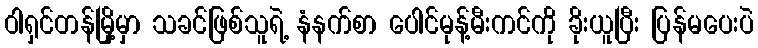
ဝါရှင်တန်မြို့မှာ သခင်ဖြစ်သူရဲ့ နံနက်စာ ပေါင်မုန့်မီးကင်ကို ခိုးယူပြီး ပြန်မပေးပဲ